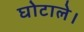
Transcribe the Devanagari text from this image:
घोटाले।